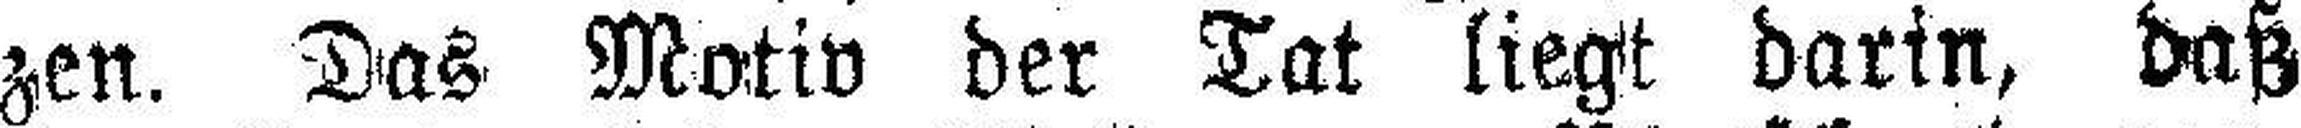
zen. Das Motiv der Tat liegt darin, daß